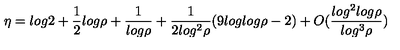
\eta = l o g 2 + \frac { 1 } { 2 } l o g \rho + \frac { 1 } { l o g \rho } + \frac { 1 } { 2 l o g ^ { 2 } \rho } ( 9 l o g l o g \rho - 2 ) + O ( \frac { l o g ^ { 2 } l o g \rho } { l o g ^ { 3 } \rho } )